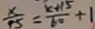
\frac { x } { 1 5 } = \frac { x + 1 5 } { 6 0 } + 1